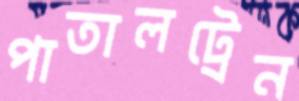
পাতালট্রেন